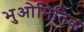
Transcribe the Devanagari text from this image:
भुओमितिक